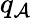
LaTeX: q_{\mathcal{A}}